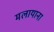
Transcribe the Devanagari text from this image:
मलायाना